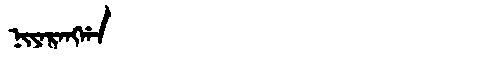
Manchu: ᠨᡳᠶᠠᡵᠠᠩᡤᠠ
Romanization: NIYARANGGA